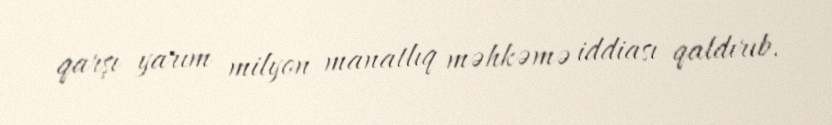
qarşı yarım milyon manatlıq məhkəmə iddiası qaldırıb.